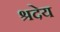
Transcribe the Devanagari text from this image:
श्रदेय